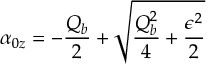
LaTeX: \alpha _ { 0 z } = - \frac { Q _ { b } } { 2 } + \sqrt { \frac { Q _ { b } ^ { 2 } } { 4 } + \frac { \epsilon ^ { 2 } } { 2 } }